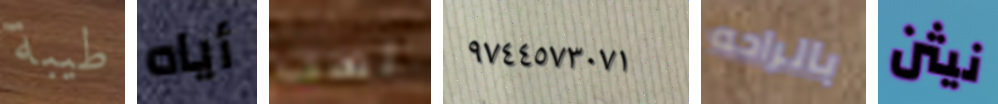
طيبة أياه لست ٩٧٤٤٥٧٣٠٧١ بالراحه نيثن